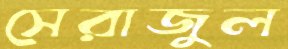
সেরাজুল